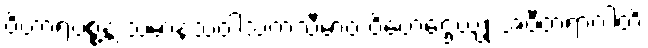
ဝိဟာရပစ္စန္တံ သမာနသံဝါသကသီမာဝ ဝိဟေဌေယျုံ အဝီတရာဂါတိ